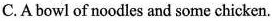
C.A bowl of noodles and some chicken.